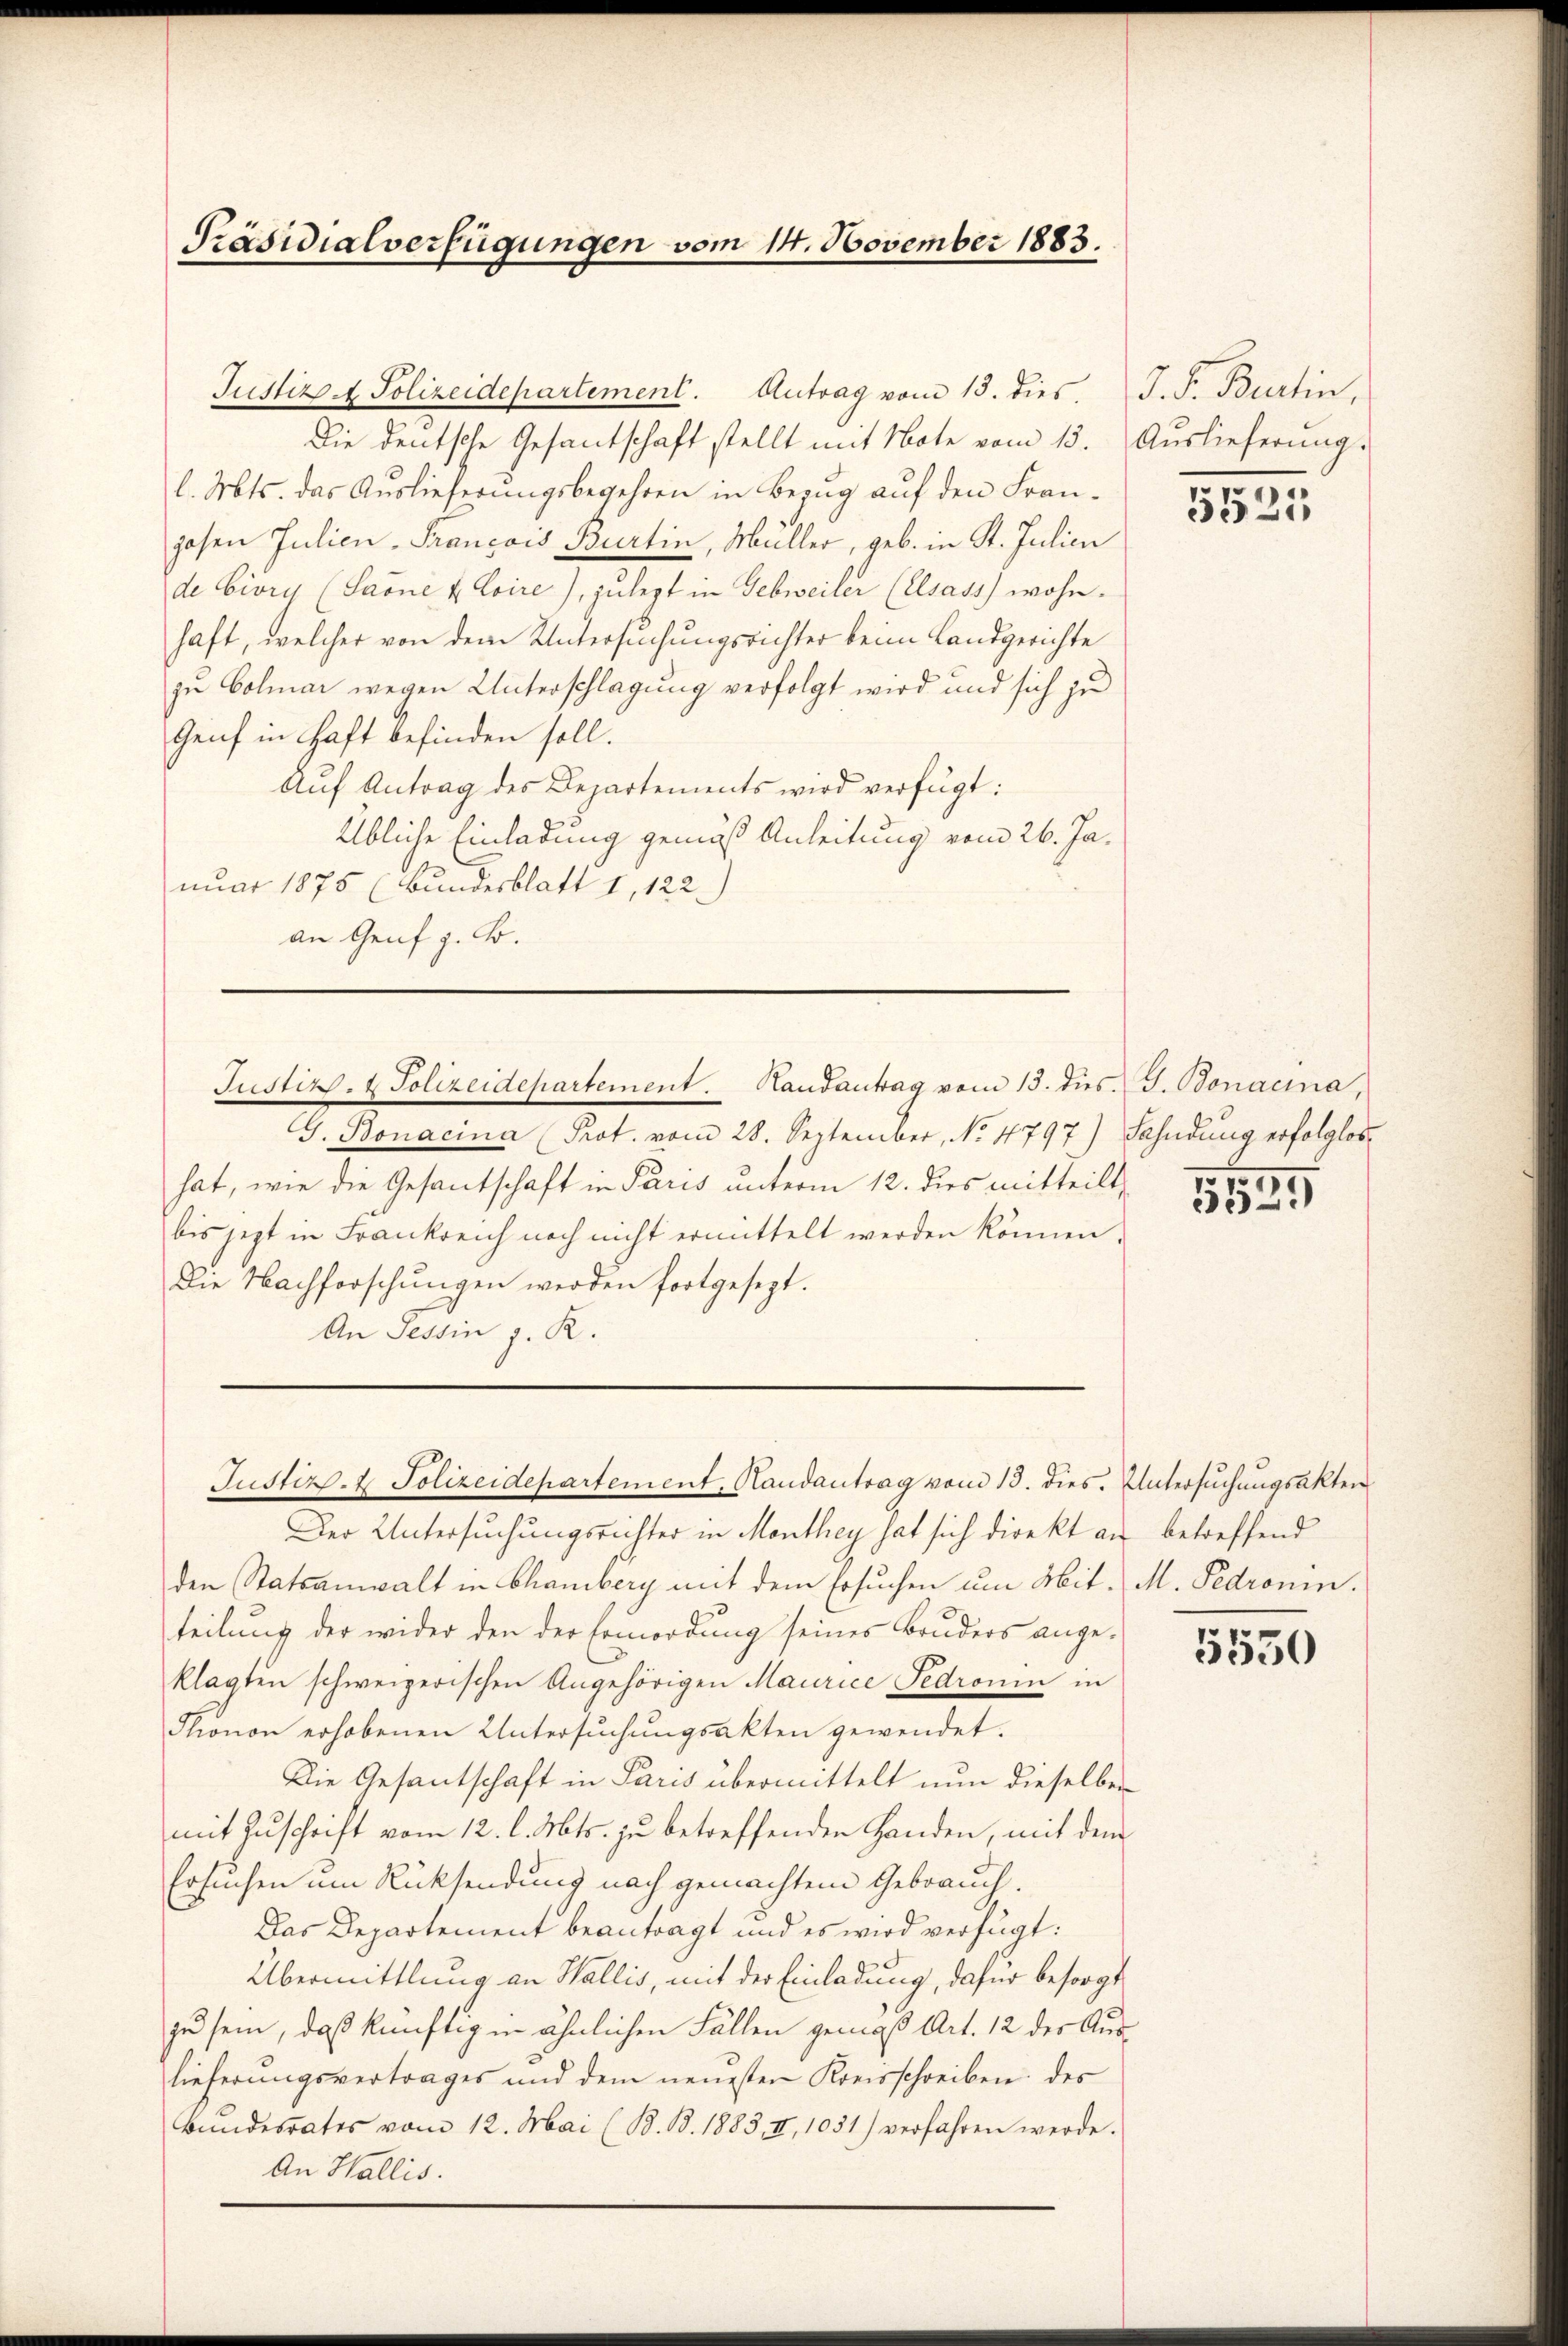
Präsidialverfügungen vom 14. November 1883.

Die deutsche Gesantschaft stellt mit Note vom 13. Auslieferung.
l. Mts. das Auslieferungsbegehren in Bezug auf den Frangehen Julien-Francois Burtin, Müller, geb. in St. Julien
de Civri (Saone u. Loire), zu legt in Gebweiler (Elsass wohnhaft, welcher von dem Untersuchungsrichter beim Landgerichte
zu Colmar wegen Unterschlagung verfolgt wird und sich zu
Genf in Haft befinden soll.
Auf Antrag des Departements wird verfügt:
Übliche Einladung gemäß Anleitung vom 26. Januar 1875 (Bundesblatt 1, 122.
an Genf z. B.
Justiz- & Polizeidepartement. Handantrag vom 13. dies J. Bonacina,
G. Bonacina (Prot. vom 28. September, No 4797) Fahndung erfolglos
hat, wie die Gesantschaft in Paris unterm 12. dies mitteilt,
bis jetzt in Frankreich noch nicht ermittelt werden können.
Die Nachforschŭngen werden fortgesezt.
An Tessin s. R.

Justiz- & Polizeidepartement. Antrag vom 13. dies. J. F. Burtin.

Justiz- & Polizeidepartement, Handantrag vom 13. dies. Untersuchungsakten

Der Untersuchungsrichter in Monthey hat sich direkt an betreffend
den Statsanwalt in Chamberg mit dem Ersuchen um Mit. M. Pedronin.
teilung der wider den der Ermordung seines Bruders angeklagten schweizerischen Angehörigen Maurice Fedronin in
Thonon erhobenen Untersuchungsakten gewendet.
Die Gesantschaft in Paris übermittelt nun dieselben
mit Zuschrift vom 12. l. Mts. zu betreffenden Handen, mit dem
Ersuchen um Rücksendung nach gemachtem Gebrauch.
Das Departement beantragt und es wird verfügt:
Übermittlung an Wallis, mit der Einladung, dafür besorgt
zu sein, daß künftig in ähnlichen Fällen gemäß Art. 12 der Auslieferungsvertrages und dem neuesten Kreisschreiben des
Bundesrates vom 12. Mai (B. Bd. 1883. II, 1051) verfahren werde.
An Wallis.

e
.
5325

701. 190
*)

5550